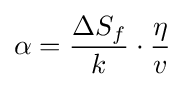
\alpha ={\frac {\Delta S_{f}}{k}}\cdot {\frac {\eta }{v}}